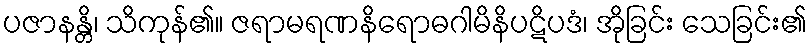
ပဇာနန္တိ၊ သိကုန်၏။ ဇရာမရဏနိရောဓဂါမိနိပဋိပဒံ၊ အိုခြင်း သေခြင်း၏